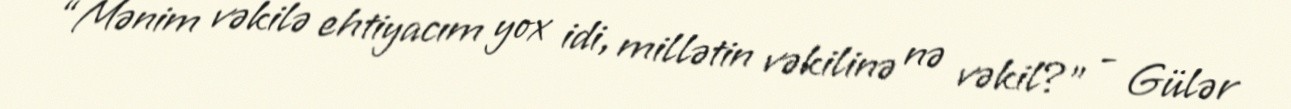
“Mənim vəkilə ehtiyacım yox idi, millətin vəkilinə nə vəkil?” - Gülər